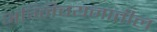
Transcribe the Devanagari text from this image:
अग्निचयनातील